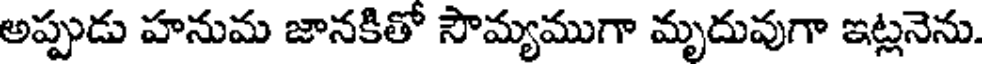
అప్పుడు హనుమ జానకితో సౌమ్యముగా మృదువుగా ఇట్లనెను.